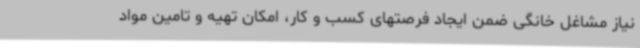
نیاز مشاغل خانگی ضمن ایجاد فرصتهای کسب و کار، امکان تهیه و تامین مواد